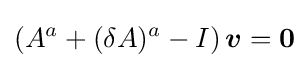
\left(A^{a}+(\delta A)^{a}-I\right){\boldsymbol {v}}={\boldsymbol {0}}